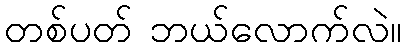
တစ်ပတ် ဘယ်လောက်လဲ။